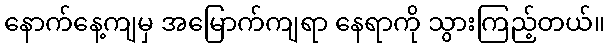
နောက်နေ့ကျမှ အမြောက်ကျရာ နေရာကို သွားကြည့်တယ်။